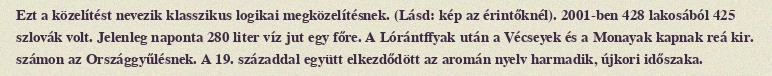
Ezt a közelítést nevezik klasszikus logikai megközelítésnek. (Lásd: kép az érintőknél). 2001-ben 428 lakosából 425 szlovák volt. Jelenleg naponta 280 liter víz jut egy főre. A Lórántffyak után a Vécseyek és a Monayak kapnak reá kir. számon az Országgyűlésnek. A 19. századdal együtt elkezdődött az aromán nyelv harmadik, újkori időszaka.